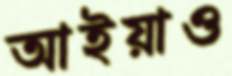
আইয়াও